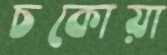
চকোয়া